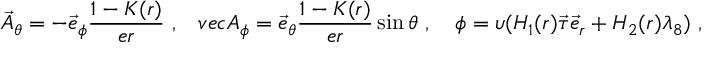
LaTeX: \vec { A } _ { \theta } = - \vec { e } _ { \phi } \frac { 1 - K ( r ) } { e r } \ , \ \ \, v e c A _ { \phi } = \vec { e } _ { \theta } \frac { 1 - K ( r ) } { e r } \sin \theta \ , \ \ \ \phi = \upsilon ( H _ { 1 } ( r ) \vec { \tau } \vec { e } _ { r } + H _ { 2 } ( r ) \lambda _ { 8 } ) \ ,